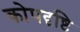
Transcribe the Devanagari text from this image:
कोपदृष्टि